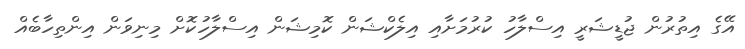
އޭގެ އިތުރުން ޖުޑީޝަރީ އިސްލާހު ކުރުމަށާއި އިލެކްޝަން ކޮމިޝަން އިސްލާހުކޮށް މިނިވަން އިންތިހާބެއް